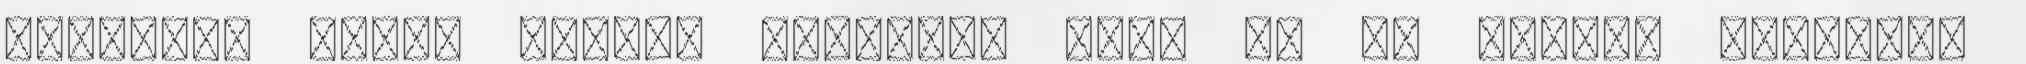
jobbról, hanem balról kerülünk meg, ha új szóval fejezzük